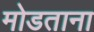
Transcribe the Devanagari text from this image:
मोडताना